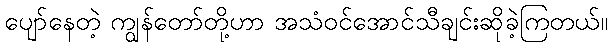
ပျော်နေတဲ့ ကျွန်တော်တို့ဟာ အသံဝင်အောင်သီချင်းဆိုခဲ့ကြတယ်။